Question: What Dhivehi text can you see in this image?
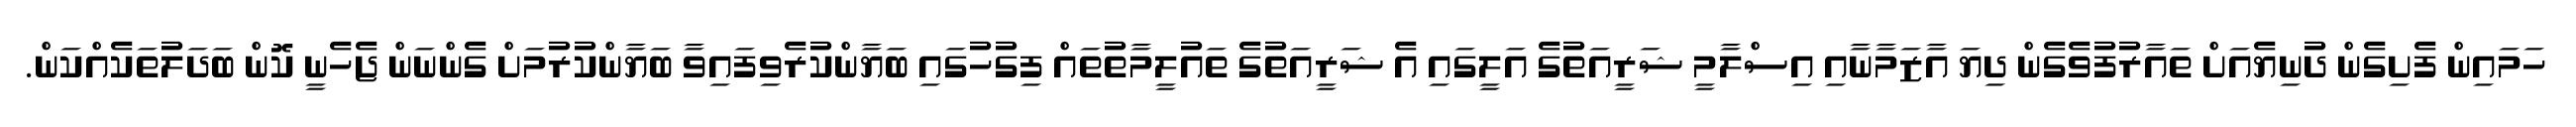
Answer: ހަމައިން ފެށިގެން ދުނިޔެއަށް ތައާރުފުވެގެން ދިޔަ އާޒަމާނާއި އިސްލާމީ ޝަރީއަތުގެ އަލީގައި އެ ޝަރީއަތުގެ ތައުލީމާތުތައް ފިގުހުގައި ބަޔާންކުރެވިފައިވާ ބަޔާންކުރުމަށް ގެންނަން ޖެހެނީ ކޮން ބަދަލުތަކެއްކަން.